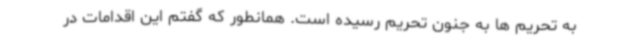
به تحریم ها به جنون تحریم رسیده است. همانطور که گفتم این اقدامات در